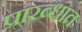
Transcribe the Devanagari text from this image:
प्रारब्धात